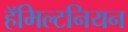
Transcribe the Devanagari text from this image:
हॅमिल्टनियन